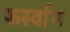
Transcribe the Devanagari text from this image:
फर्स्वाण